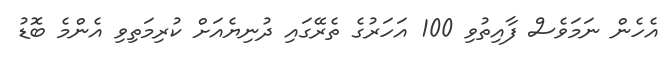
އެހެން ނަމަވެސް ފާއިތުވި 100 އަހަރުގެ ތެރޭގައި ދުނިޔެއަށް ކުރިމަތިވި އެންމެ ބޮޑު